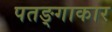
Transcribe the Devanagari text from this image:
पतङ्गाकार